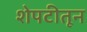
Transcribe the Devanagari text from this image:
शेपटीतून